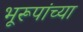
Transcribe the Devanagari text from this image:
भूरूपांच्या